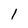
Character: l